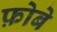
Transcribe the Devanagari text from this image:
फ़ोबे